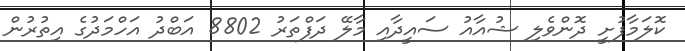
ކޮލަމާފުށީ ދޮންވެލި ޝުއާއު ސައީދާއި މާލޭ ދަފްތަރު 8802 އަބްދު އަހްމަދުގެ އިތުރުން